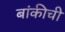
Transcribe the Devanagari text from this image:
बांकीची